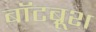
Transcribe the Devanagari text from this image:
बॉटब्रूश